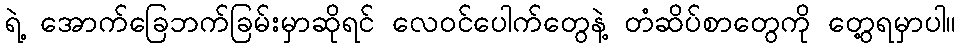
ရဲ့ အောက်ခြေဘက်ခြမ်းမှာဆိုရင် လေဝင်ပေါက်တွေနဲ့ တံဆိပ်စာတွေကို တွေ့ရမှာပါ။